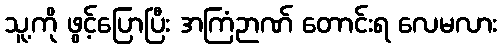
သူ့ကို ဖွင့်ပြောပြီး အကြံဉာဏ် တောင်းရ လေမလား